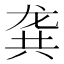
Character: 龚